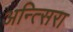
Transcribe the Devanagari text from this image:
अन्त्सिरा